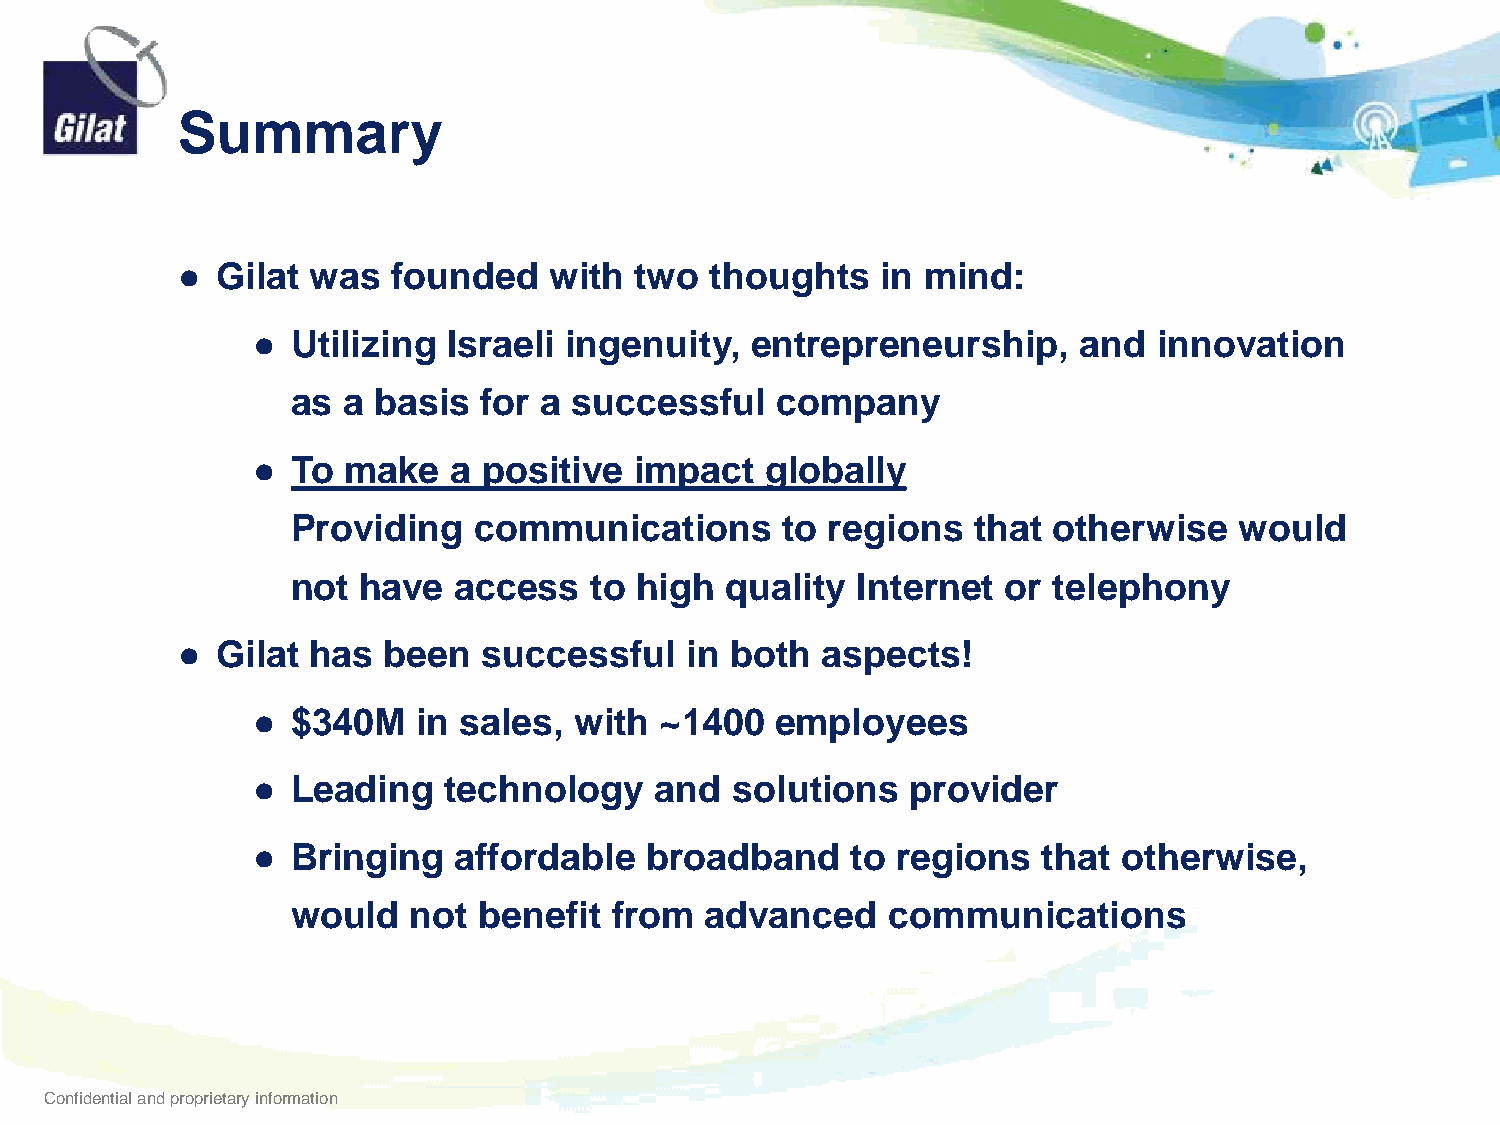
Summary
 ● Gilat was   founded   with  two  thoughts   in mind:
 ● Utilizing  Israeli ingenuity,  entrepreneurship,    and   innovation
 as  a basis  for a successful   company
 ● To  make   a positive  impact   globally
 Providing   communications       to regions  that  otherwise   would
 not  have  access   to high  quality  Internet  or telephony
 ● Gilat has  been   successful   in both  aspects!
 ● $340M    in sales, with  ~1400  employees
 ● Leading   technology    and  solutions   provider
 ● Bringing   affordable   broadband    to regions   that otherwise,
 would   not  benefit from   advanced    communications
 Confidential and proprietary information